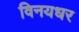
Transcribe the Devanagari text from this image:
विनयधर